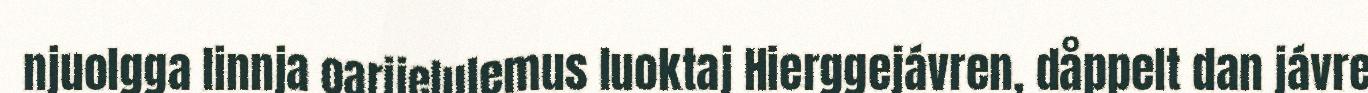
njuolgga linnja oarjjelulemus luoktaj Hierggejávren, dåppelt dan jávre